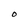
Character: O